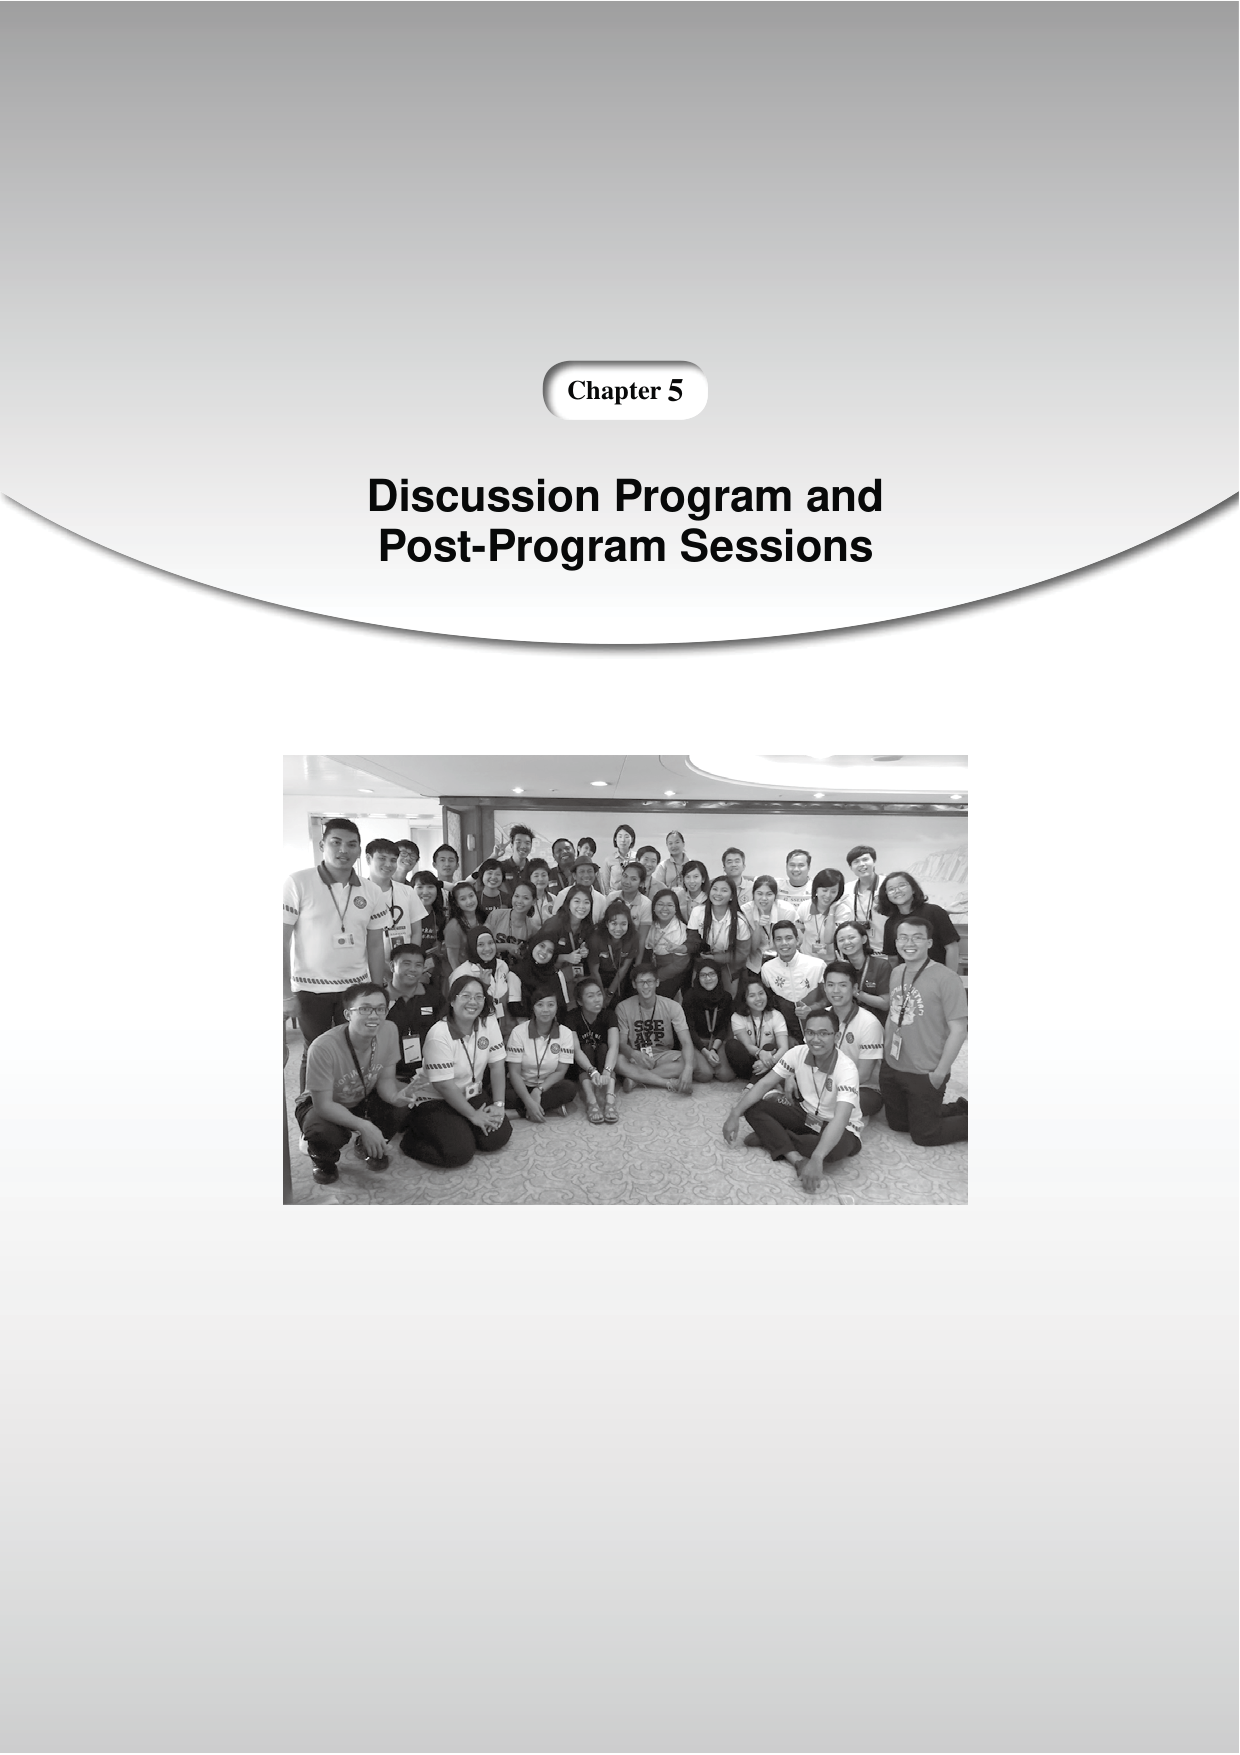
Chapter 5
Discussion Program and
Post-Program Sessions